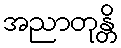
အညာတုန္တိ